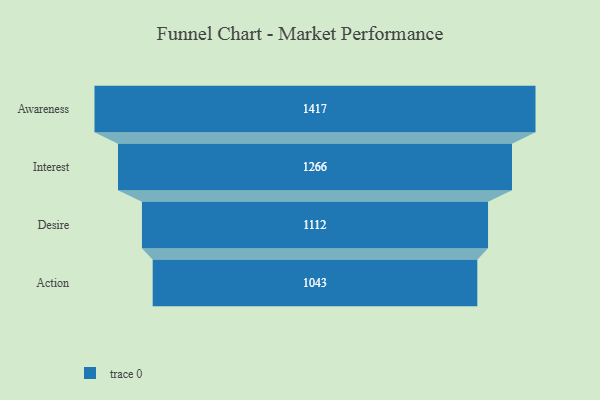
{"axis": {"x": "Stage", "y": "Value"}, "legend": [""], "data": [{"x": "Awareness", "y": 1417.0, "type": ""}, {"x": "Interest", "y": 1266.0, "type": ""}, {"x": "Desire", "y": 1112.0, "type": ""}, {"x": "Action", "y": 1043.0, "type": ""}]}